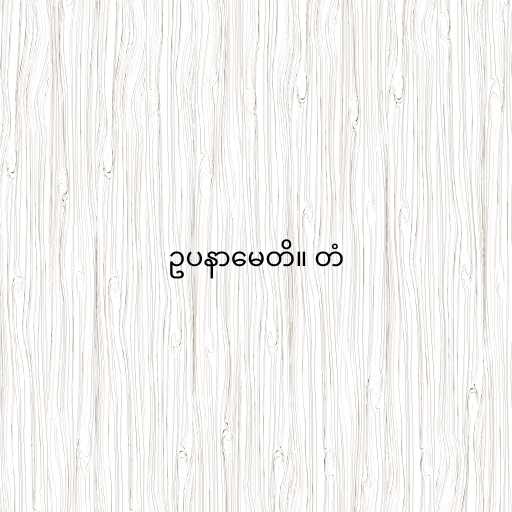
ဥပနာမေတိ။ တံ